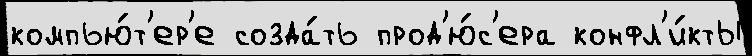
компью́т'ер'е созда́ть прод'ю́с'ера конфл'и́кты